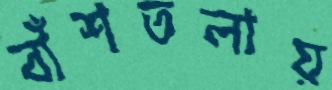
বাঁশতলায়